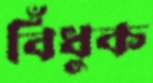
বিঁধুক